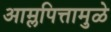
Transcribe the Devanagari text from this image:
आम्लपित्तामुळे